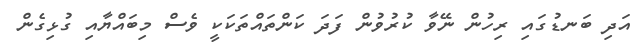
އަދި ބަނޑުގައި ރިހުން ނޭވާ ކުރުވުން ފަދަ ކަންތައްތަކަކީ ވެސް މިބައްޔާއި ގުޅިގެން